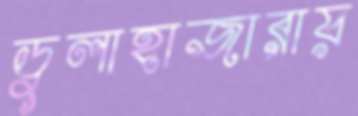
ডুলাহাজারায়